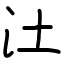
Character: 汢